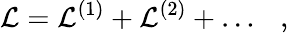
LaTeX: {\cal L}={\cal L}^{(1)}+{\cal L}^{(2)}+\dots\ \ \ ,